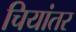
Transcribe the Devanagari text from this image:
चियांतर